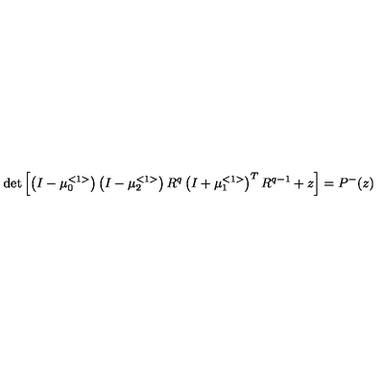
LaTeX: \det \left[ \left( I - \mu _ { 0 } ^ { < 1 > } \right) \left( I - \mu _ { 2 } ^ { < 1 > } \right) R ^ { q } \left( I + \mu _ { 1 } ^ { < 1 > } \right) ^ { T } R ^ { q - 1 } + z \right] = P ^ { - } ( z )